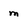
Character: m